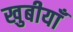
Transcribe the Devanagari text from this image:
खुबीयाँ